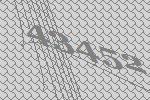
43452